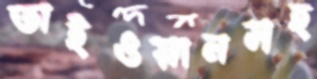
তাইওয়ানসহ